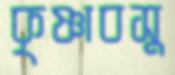
কৃষ্ণাবসু